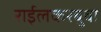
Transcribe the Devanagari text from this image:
राईलकरबुवा